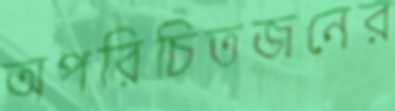
অপরিচিতজনের